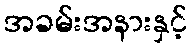
အခမ်းအနားနှင့်